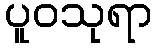
ပူဝသုရာ